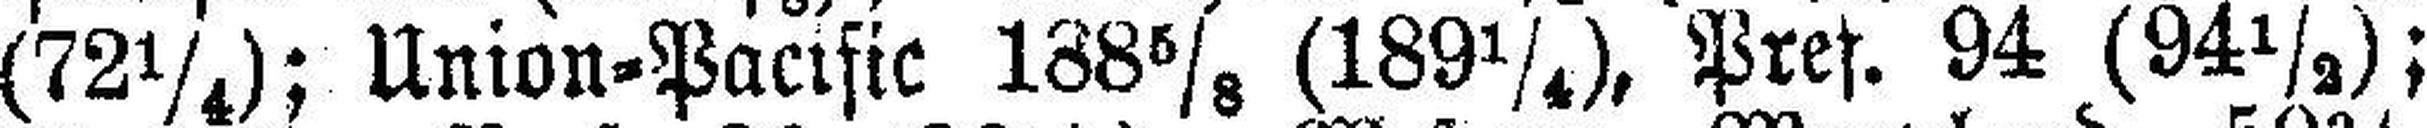
(72¼); Union=Pacific 188⅝ (189¼). Pref. 94 (94½);